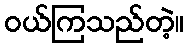
ဝယ်ကြသည်တဲ့။